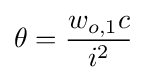
\theta ={\frac {w_{o,1}c}{i^{2}}}